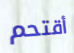
أقتحم